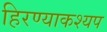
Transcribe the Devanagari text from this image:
हिरण्याकश्यप